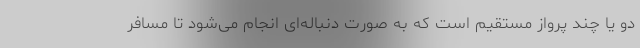
دو یا چند پرواز مستقیم است که به صورت دنباله‌ای انجام می‌شود تا مسافر